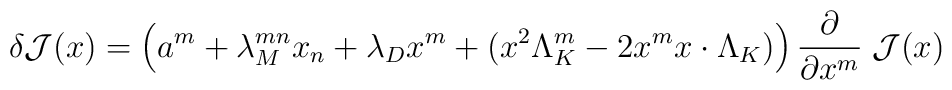
\delta {\cal J} (x) = \left (a^m + \lambda_M^{mn} x_n + \lambda_D x^m +(x^2\Lambda_K^m - 2x^m x\cdot \Lambda_K)\right ) {\partial \over \partial x^m} \;   {\cal J}(x)